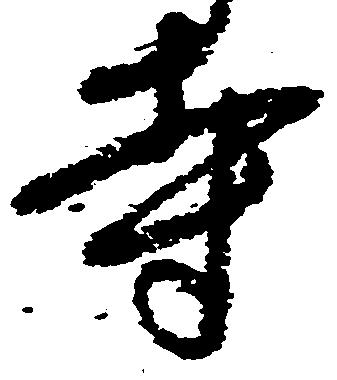
寺